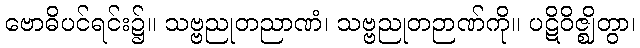
ဗောဓိပင်ရင်း၌။ သဗ္ဗညုတညာဏံ၊ သဗ္ဗညုတဉာဏ်ကို။ ပဋိဝိဇ္ဈိတွာ၊